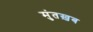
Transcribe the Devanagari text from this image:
मुंतख़ब